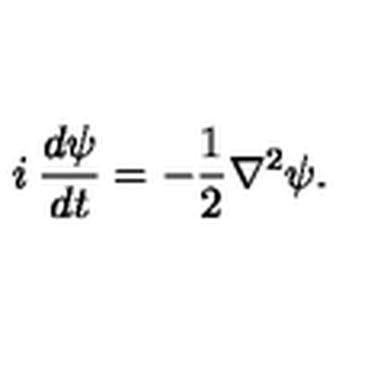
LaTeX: i \: \frac { d \psi } { d t } = - \frac { 1 } { 2 } \nabla ^ { 2 } \psi .